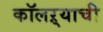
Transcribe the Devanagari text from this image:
कॉलऱ्याची